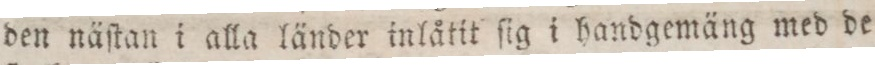
den näſtan i alla länder inlåtit ſig i handgemäng med de